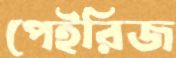
পেইরিজ